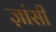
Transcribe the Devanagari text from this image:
ज़ांसी